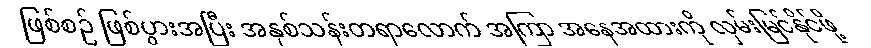
ဖြစ်စဉ် ဖြစ်ပွားအပြီး အနှစ်သန်းတရာလောက် အကြာ အနေအထားကို လှမ်းမြင်နိုင်ဖို့